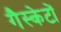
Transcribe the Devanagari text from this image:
गैस्केटों